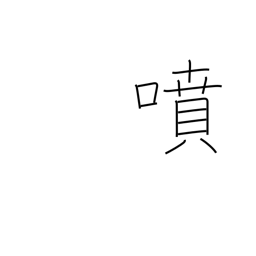
Meaning: spout